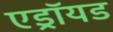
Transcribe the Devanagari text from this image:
एड्रॉयड